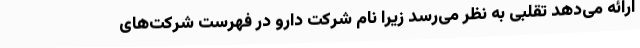
ارائه می‌دهد تقلبی به نظر می‌رسد زیرا نام شرکت دارو در فهرست شرکت‌های